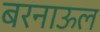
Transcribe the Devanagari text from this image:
बरनाऊल